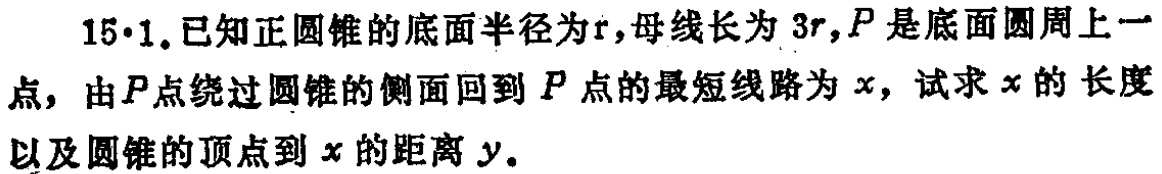
15·1. 已知正圆锥的底面半径为\(r\)，母线长为\(3r\)，\(P\)是底面圆周上一点，由\(P\)点绕过圆锥的侧面回到\(P\)点的最短线路为\(x\)，试求\(x\)的长度以及圆锥的顶点到\(x\)的距离\(y\)。